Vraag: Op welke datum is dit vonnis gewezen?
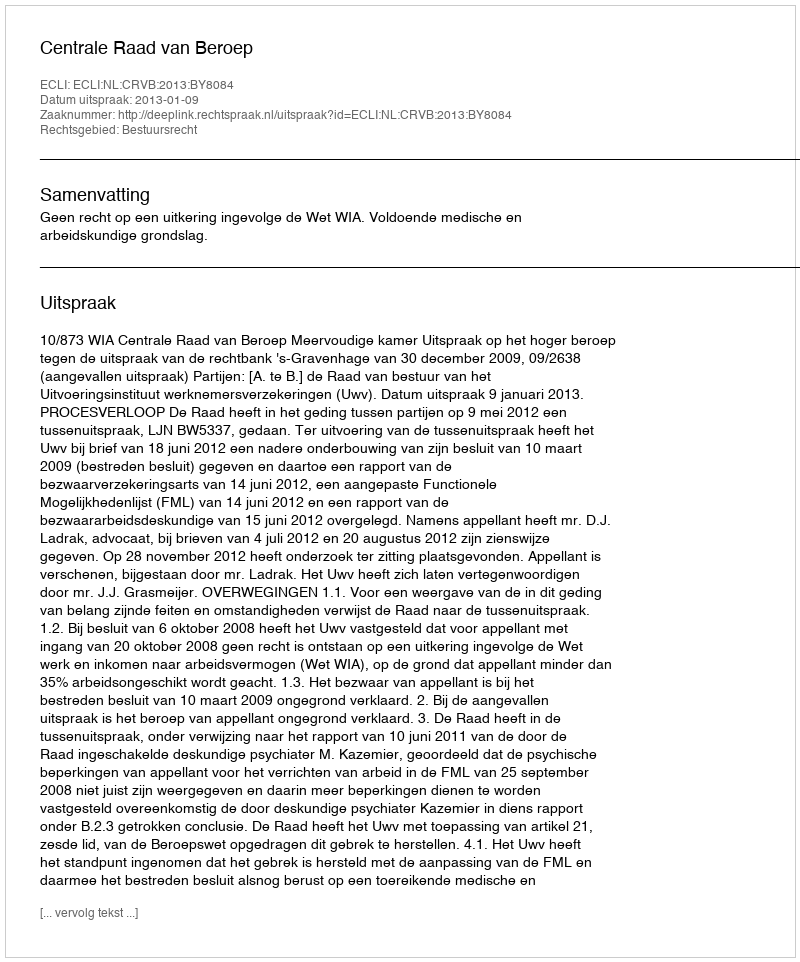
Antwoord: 2013-01-09